Proceedings of the meeting of veterinary officers in India
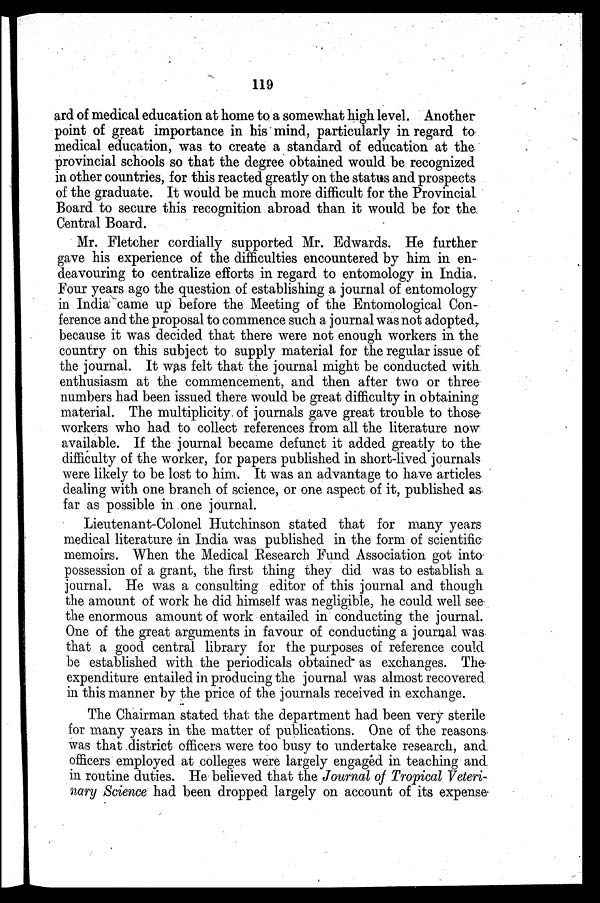
119
ard of medical education at home to a somewhat high level. Another
point of great importance in his mind, particularly in regard to
medical education, was to create a standard of education at the
provincial schools so that the degree obtained would be recognized
in other countries, for this reacted greatly on the status and prospects
of the graduate. It would be much more difficult for the Provincial
Board to secure this recognition abroad than it would be for the
Central Board.
Mr. Fletcher cordially supported Mr. Edwards. He further
gave his experience of the difficulties encountered by him in en-
deavouring to centralize efforts in regard to entomology in India.
Four years ago the question of establishing a journal of entomology
in India came up before the Meeting of the Entomological Con-
ference and the proposal to commence such a journal was not adopted,
because it was decided that there were not enough workers in the
country on this subject to supply material for the regular issue of
the journal. It was felt that the journal might be conducted with
enthusiasm at the commencement, and then after two or three
numbers had been issued there would be great difficulty in obtaining
material. The multiplicity of journals gave great trouble to those
workers who had to collect references from all the literature now
available. If the journal became defunct it added greatly to the
difficulty of the worker, for papers published in short-lived journals?
were likely to be lost to him. It was an advantage to have articles
dealing with one branch of science, or one aspect of it, published as
far as possible in one journal.
Lieutenant-Colonel Hutchinson stated that for many years
medical literature in India was published in the form of scientific
memoirs. When the Medical Research Fund Association got into
possession of a grant, the first thing they did was to establish a
journal. He was a consulting editor of this journal and though
the amount of work he did himself was negligible, he could well see
the enormous amount of work entailed in conducting the journal.
One of the great arguments in favour of conducting a journal was
that a good central library for the purposes of reference could
be established with the periodicals obtained as exchanges. The
expenditure entailed in producing the journal was almost recovered
in this manner by the price of the journals received in exchange.
The Chairman stated that the department had been very sterile
for many years in the matter of publications. One of the reasons
was that district officers were too busy to undertake research, and
officers employed at colleges were largely engaged in teaching and
in routine duties. He believed that the Journal of Tropical Veteri-
nary Science had been dropped largely on account of its expense